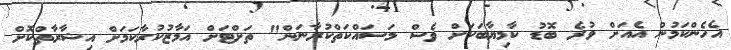
އެހެންކަމުން އެއަށް ވުރެ ބޮޑު ކާމިޔާބަކަށް ވެސް މަސައްކަތްކުރާނަން" ތަށްޓަށް އަމާޒުކުރާކަމަށް އިޝާރާތްކޮށް